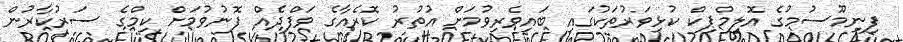
ފިނިމޫސުމުގެ އޮލިމްޕިކް ކުޅިވަރުތަކުގައި ބައިވެރިވުމަށް އުތުރު ކޮރެއާގެ ވަފްދެއް ފޮނުވުމަށް ކިމްގެ ސަރުކާރުން